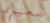
صغيري